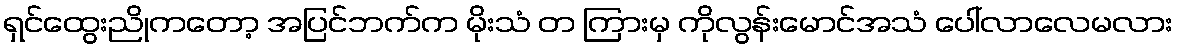
ရှင်ထွေးညိုကတော့ အပြင်ဘက်က မိုးသံ တ ကြားမှ ကိုလွန်းမောင်အသံ ပေါ်လာလေမလား